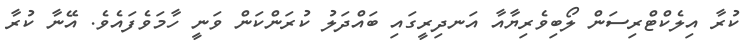
ކުރާ އިލެކްޓްރިސަން ލޯބިވެރިޔާއާ އަނދިރީގައި ބައްދަލު ކުރަންކަން ވަނީ ހާމަވެފައެވެ. އޭނާ ކުރާ